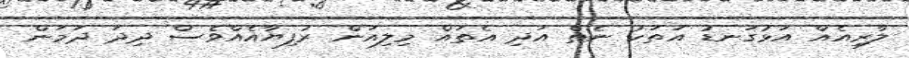
ލާރިއެއް އަޅުގަނޑު އަތަކު ނެތް އަދި އެތައް މިލިއަން ރުފިޔާއެއްވެސް ދިދަ ދަމަން